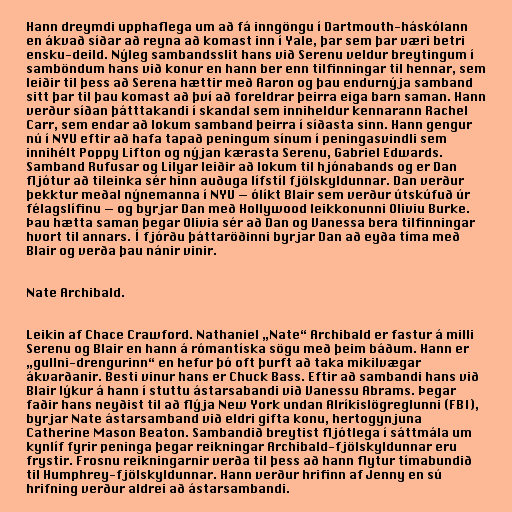
Hann dreymdi upphaflega um að fá inngöngu í Dartmouth-háskólann
en ákvað síðar að reyna að komast inn í Yale, þar sem þar væri betri
ensku-deild. Nýleg sambandsslit hans við Serenu veldur breytingum í
samböndum hans við konur en hann ber enn tilfinningar til hennar, sem
leiðir til þess að Serena hættir með Aaron og þau endurnýja samband
sitt þar til þau komast að því að foreldrar þeirra eiga barn saman. Hann
verður síðan þátttakandi í skandal sem inniheldur kennarann Rachel
Carr, sem endar að lokum samband þeirra í síðasta sinn. Hann gengur
nú í NYU eftir að hafa tapað peningum sínum í peningasvindli sem
innihélt Poppy Lifton og nýjan kærasta Serenu, Gabriel Edwards.
Samband Rufusar og Lilyar leiðir að lokum til hjónabands og er Dan
fljótur að tileinka sér hinn auðuga lífstíl fjölskyldunnar. Dan verður
þekktur meðal nýnemanna í NYU — ólíkt Blair sem verður útskúfuð úr
félagslífinu — og byrjar Dan með Hollywood leikkonunni Oliviu Burke.
Þau hætta saman þegar Olivia sér að Dan og Vanessa bera tilfinningar
hvort til annars. Í fjórðu þáttaröðinni byrjar Dan að eyða tíma með
Blair og verða þau nánir vinir.

Nate Archibald.

Leikin af Chace Crawford. Nathaniel „Nate“ Archibald er fastur á milli
Serenu og Blair en hann á rómantíska sögu með þeim báðum. Hann er
„gullni-drengurinn“ en hefur þó oft þurft að taka mikilvægar
ákvarðanir. Besti vinur hans er Chuck Bass. Eftir að sambandi hans við
Blair lýkur á hann í stuttu ástarsabandi við Vanessu Abrams. Þegar
faðir hans neyðist til að flýja New York undan Alríkislögreglunni (FBI),
byrjar Nate ástarsamband við eldri gifta konu, hertogynjuna
Catherine Mason Beaton. Sambandið breytist fljótlega í sáttmála um
kynlíf fyrir peninga þegar reikningar Archibald-fjölskyldunnar eru
frystir. Frosnu reikningarnir verða til þess að hann flytur tímabundið
til Humphrey-fjölskyldunnar. Hann verður hrifinn af Jenny en sú
hrifning verður aldrei að ástarsambandi.